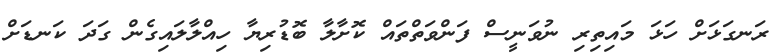
ރަނގަޅަށް ހަޅަ މައިތިރި ނުވަނީސް ފަންވަތްތައް ކޮށާލާ ބޮޑުރިޔާ ހިއްލާލައިގެން ގަދަ ކަނޑަށް